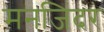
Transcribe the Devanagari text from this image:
मनजिंदर